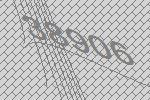
38906